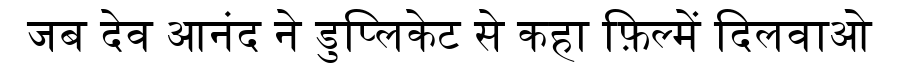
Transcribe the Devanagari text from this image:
जब देव आनंद ने डुप्लिकेट से कहा फ़िल्में दिलवाओ